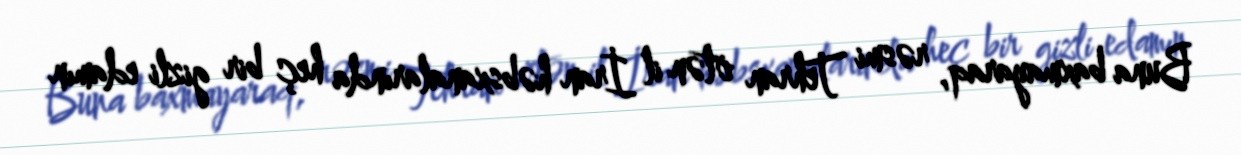
Buna baxmayaraq, rəsmi Tehran ötən il İran həbsxanalarında heç bir gizli edamın